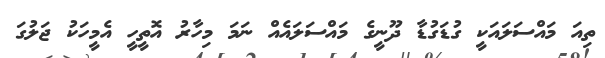
ތިއަ މައްސަލައަކީ ގުޑަގުޑާ ދޫނީގެ މައްސަލައެއް ނަމަ މިހާރު އޮތީހީ އެމީހަކު ޖަލުގަ